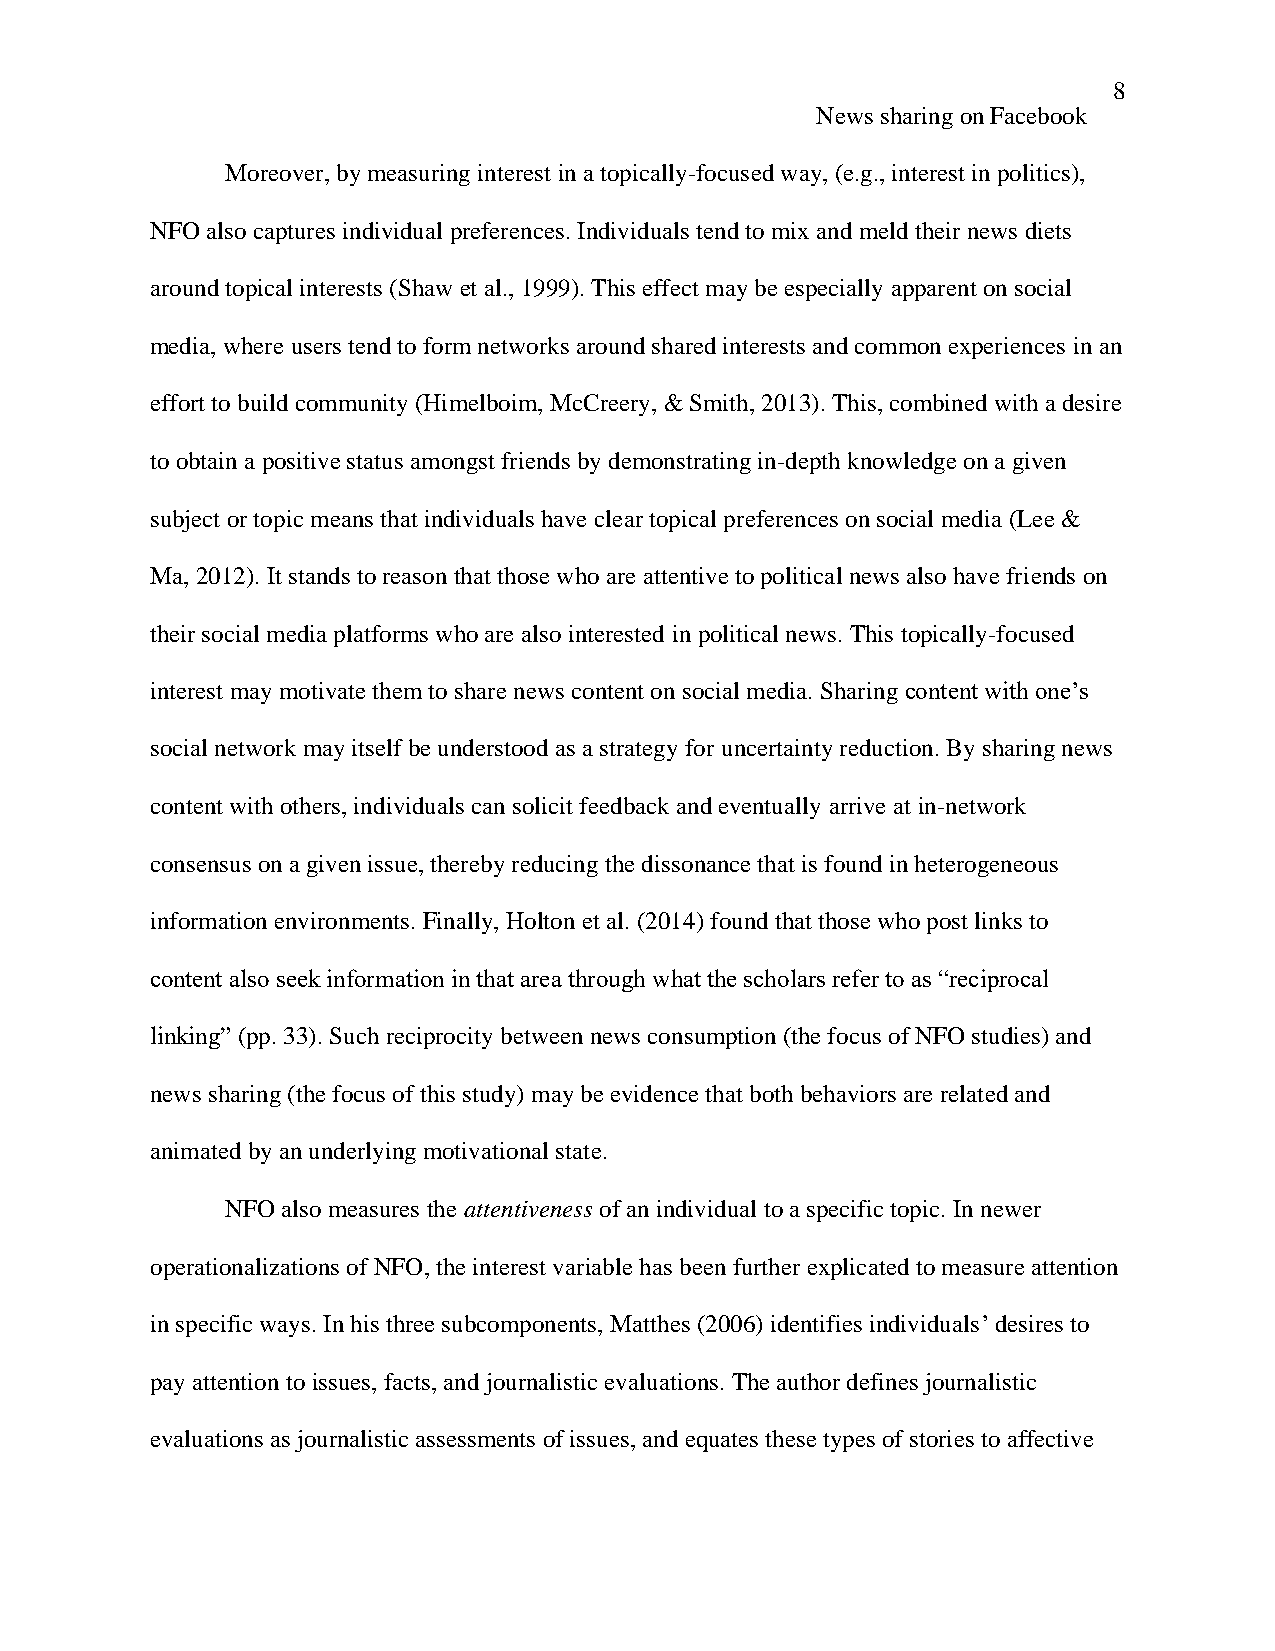
8
 News sharing on Facebook
 Moreover, by measuring interest in a topically-focused way, (e.g., interest in politics),
 NFO also captures individual preferences. Individuals tend to mix and meld their news diets
 around topical interests (Shaw et al., 1999). This effect may be especially apparent on social
 media, where users tend to form networks around shared interests and common experiences in an
 effort to build community (Himelboim, McCreery, & Smith, 2013). This, combined with a desire
 to obtain a positive status amongst friends by demonstrating in-depth knowledge on a given
 subject or topic means that individuals have clear topical preferences on social media (Lee &
 Ma, 2012). It stands to reason that those who are attentive to political news also have friends on
 their social media platforms who are also interested in political news. This topically-focused
 interest may motivate them to share news content on social media. Sharing content with one’s
 social network may itself be understood as a strategy for uncertainty reduction. By sharing news
 content with others, individuals can solicit feedback and eventually arrive at in-network
 consensus on a given issue, thereby reducing the dissonance that is found in heterogeneous
 information environments. Finally, Holton et al. (2014) found that those who post links to
 content also seek information in that area through what the scholars refer to as “reciprocal
 linking” (pp. 33). Such reciprocity between news consumption (the focus of NFO studies) and
 news sharing (the focus of this study) may be evidence that both behaviors are related and
 animated by an underlying motivational state.
 NFO also measures the attentiveness of an individual to a specific topic. In newer
 operationalizations of NFO, the interest variable has been further explicated to measure attention
 in specific ways. In his three subcomponents, Matthes (2006) identifies individuals’ desires to
 pay attention to issues, facts, and journalistic evaluations. The author defines journalistic
 evaluations as journalistic assessments of issues, and equates these types of stories to affective